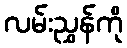
လမ်းညွှန်ကို